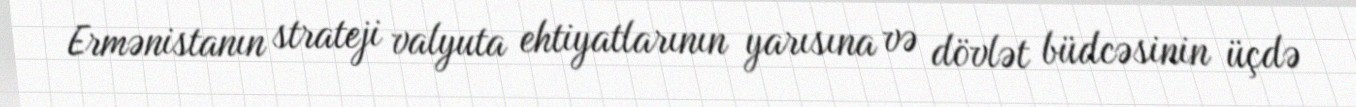
Ermənistanın strateji valyuta ehtiyatlarının yarısına və dövlət büdcəsinin üçdə